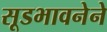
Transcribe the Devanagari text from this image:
सूडभावनेने